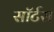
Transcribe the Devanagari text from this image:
सॉर्टस